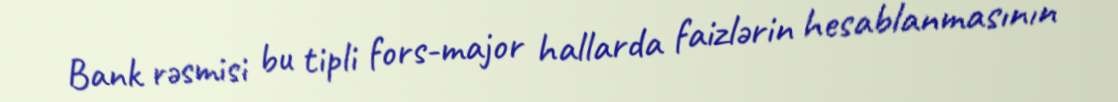
Bank rəsmisi bu tipli fors-major hallarda faizlərin hesablanmasının